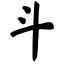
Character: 斗